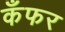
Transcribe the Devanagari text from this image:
कँफर